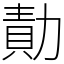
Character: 勣